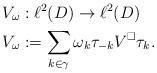
LaTeX: \begin{align*} V_\omega &: \ell^2(D) \to \ell^2(D) \\ V_\omega &:= \sum_{k \in \gamma} \omega_k \tau_{-k} V^\square \tau_k. \end{align*}